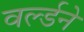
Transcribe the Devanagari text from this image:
वर्ल्डने